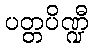
ပတ္တပိဏ္ဍီ